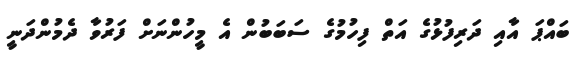
ބައްޕަ އާއި ދަރިފުޅުގެ އަތް ފިހުމުގެ ސަބަބުން އެ މީހުންނަށް ފަރުވާ ދެމުންދަނީ